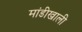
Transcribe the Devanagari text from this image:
मांडीखाली